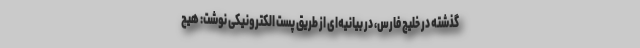
گذشته در خلیج فارس، در بیانیه‌ای از طریق پست الکترونیکی نوشت: هیچ